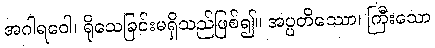
အဂါရဝေါ၊ ရိုသေခြင်းမရှိသည်ဖြစ်၍။ အပ္ပတိဿော၊ ကြီးသော